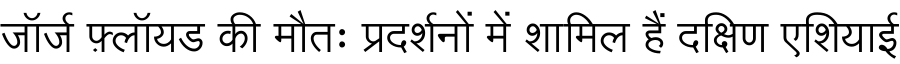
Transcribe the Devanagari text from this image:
जॉर्ज फ़्लॉयड की मौतः प्रदर्शनों में शामिल हैं दक्षिण एशियाई